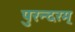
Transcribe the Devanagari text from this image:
पुरन्दरम्